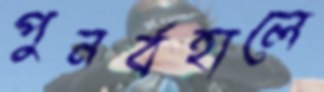
পুনর্বহালে